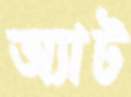
অ্যাট